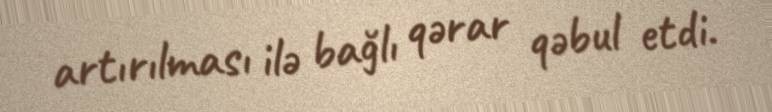
artırılması ilə bağlı qərar qəbul etdi.